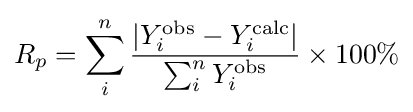
R_{p}=\sum _{i}^{n}{\frac {|Y_{i}^{\text{obs}}-Y_{i}^{\text{calc}}|}{\sum _{i}^{n}Y_{i}^{\text{obs}}}}\times 100\%